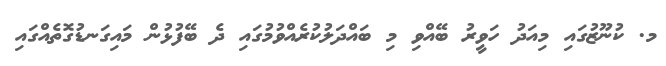
މ. ކުނޫޒުގައި މިއަދު ހަވީރު ބޭއްވި މި ބައްދަލުކުރެއްވުމުގައި ދެ ބޭފުޅުން މައިގަނޑުގޮތެއްގައި